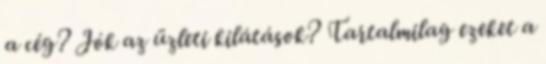
a cég? Jók az üzleti kilátások? Tartalmilag ezeket a